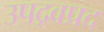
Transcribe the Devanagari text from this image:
उपद्रवप्रद